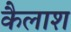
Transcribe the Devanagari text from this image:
कैलाश